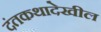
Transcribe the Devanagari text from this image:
दंतकथादेखील